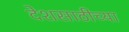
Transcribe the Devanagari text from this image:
देशसाठीच्या